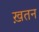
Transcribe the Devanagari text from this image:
ख़तन